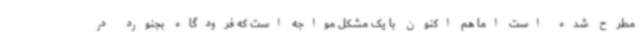
مطرح شده است اما هم اکنون با یک مشکل مواجه است که فرودگاه بجنورد در